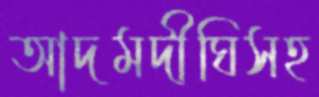
আদমদীঘিসহ